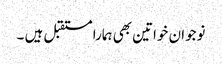
نوجوان خواتین بھی ہمارا مستقبل ہیں ۔